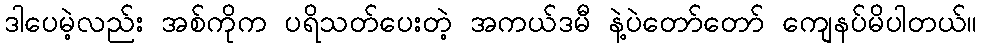
ဒါပေမဲ့လည်း အစ်ကိုက ပရိသတ်ပေးတဲ့ အကယ်ဒမီ နဲ့ပဲတော်တော် ကျေနပ်မိပါတယ်။